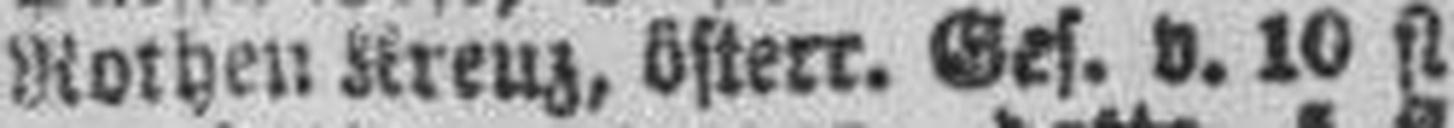
Rothen Kreuz, österr. Ges. v. 10 fl.